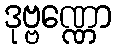
ဒုဗ္ဗဏ္ဏော